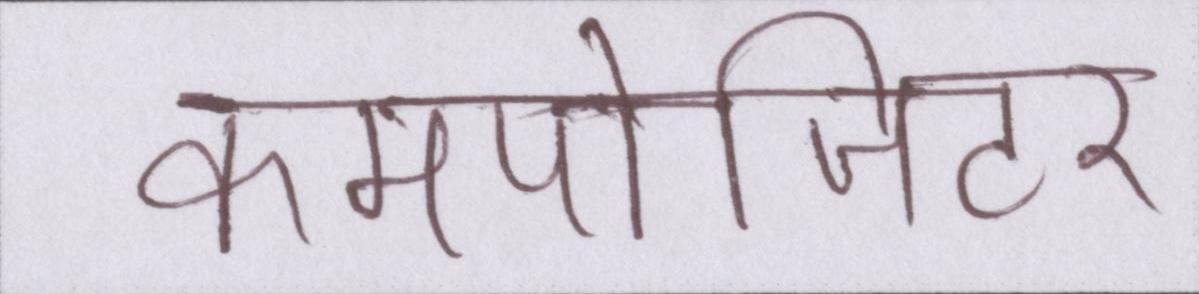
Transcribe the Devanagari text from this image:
कमपोजिटर